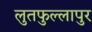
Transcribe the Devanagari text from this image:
लुतफुल्लापुर